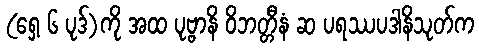
(ရှေ့ ၆ ပုဒ်)ကို အထ ပုဗ္ဗာနိ ဝိဘတ္တီနံ ဆ ပရဿပဒါနိသုတ်က